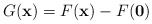
\begin{align*}G(\mathbf{x})=F(\mathbf{x})-F(\mathbf{0}) \end{align*}